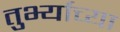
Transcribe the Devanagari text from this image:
तुर्भ्याच्या